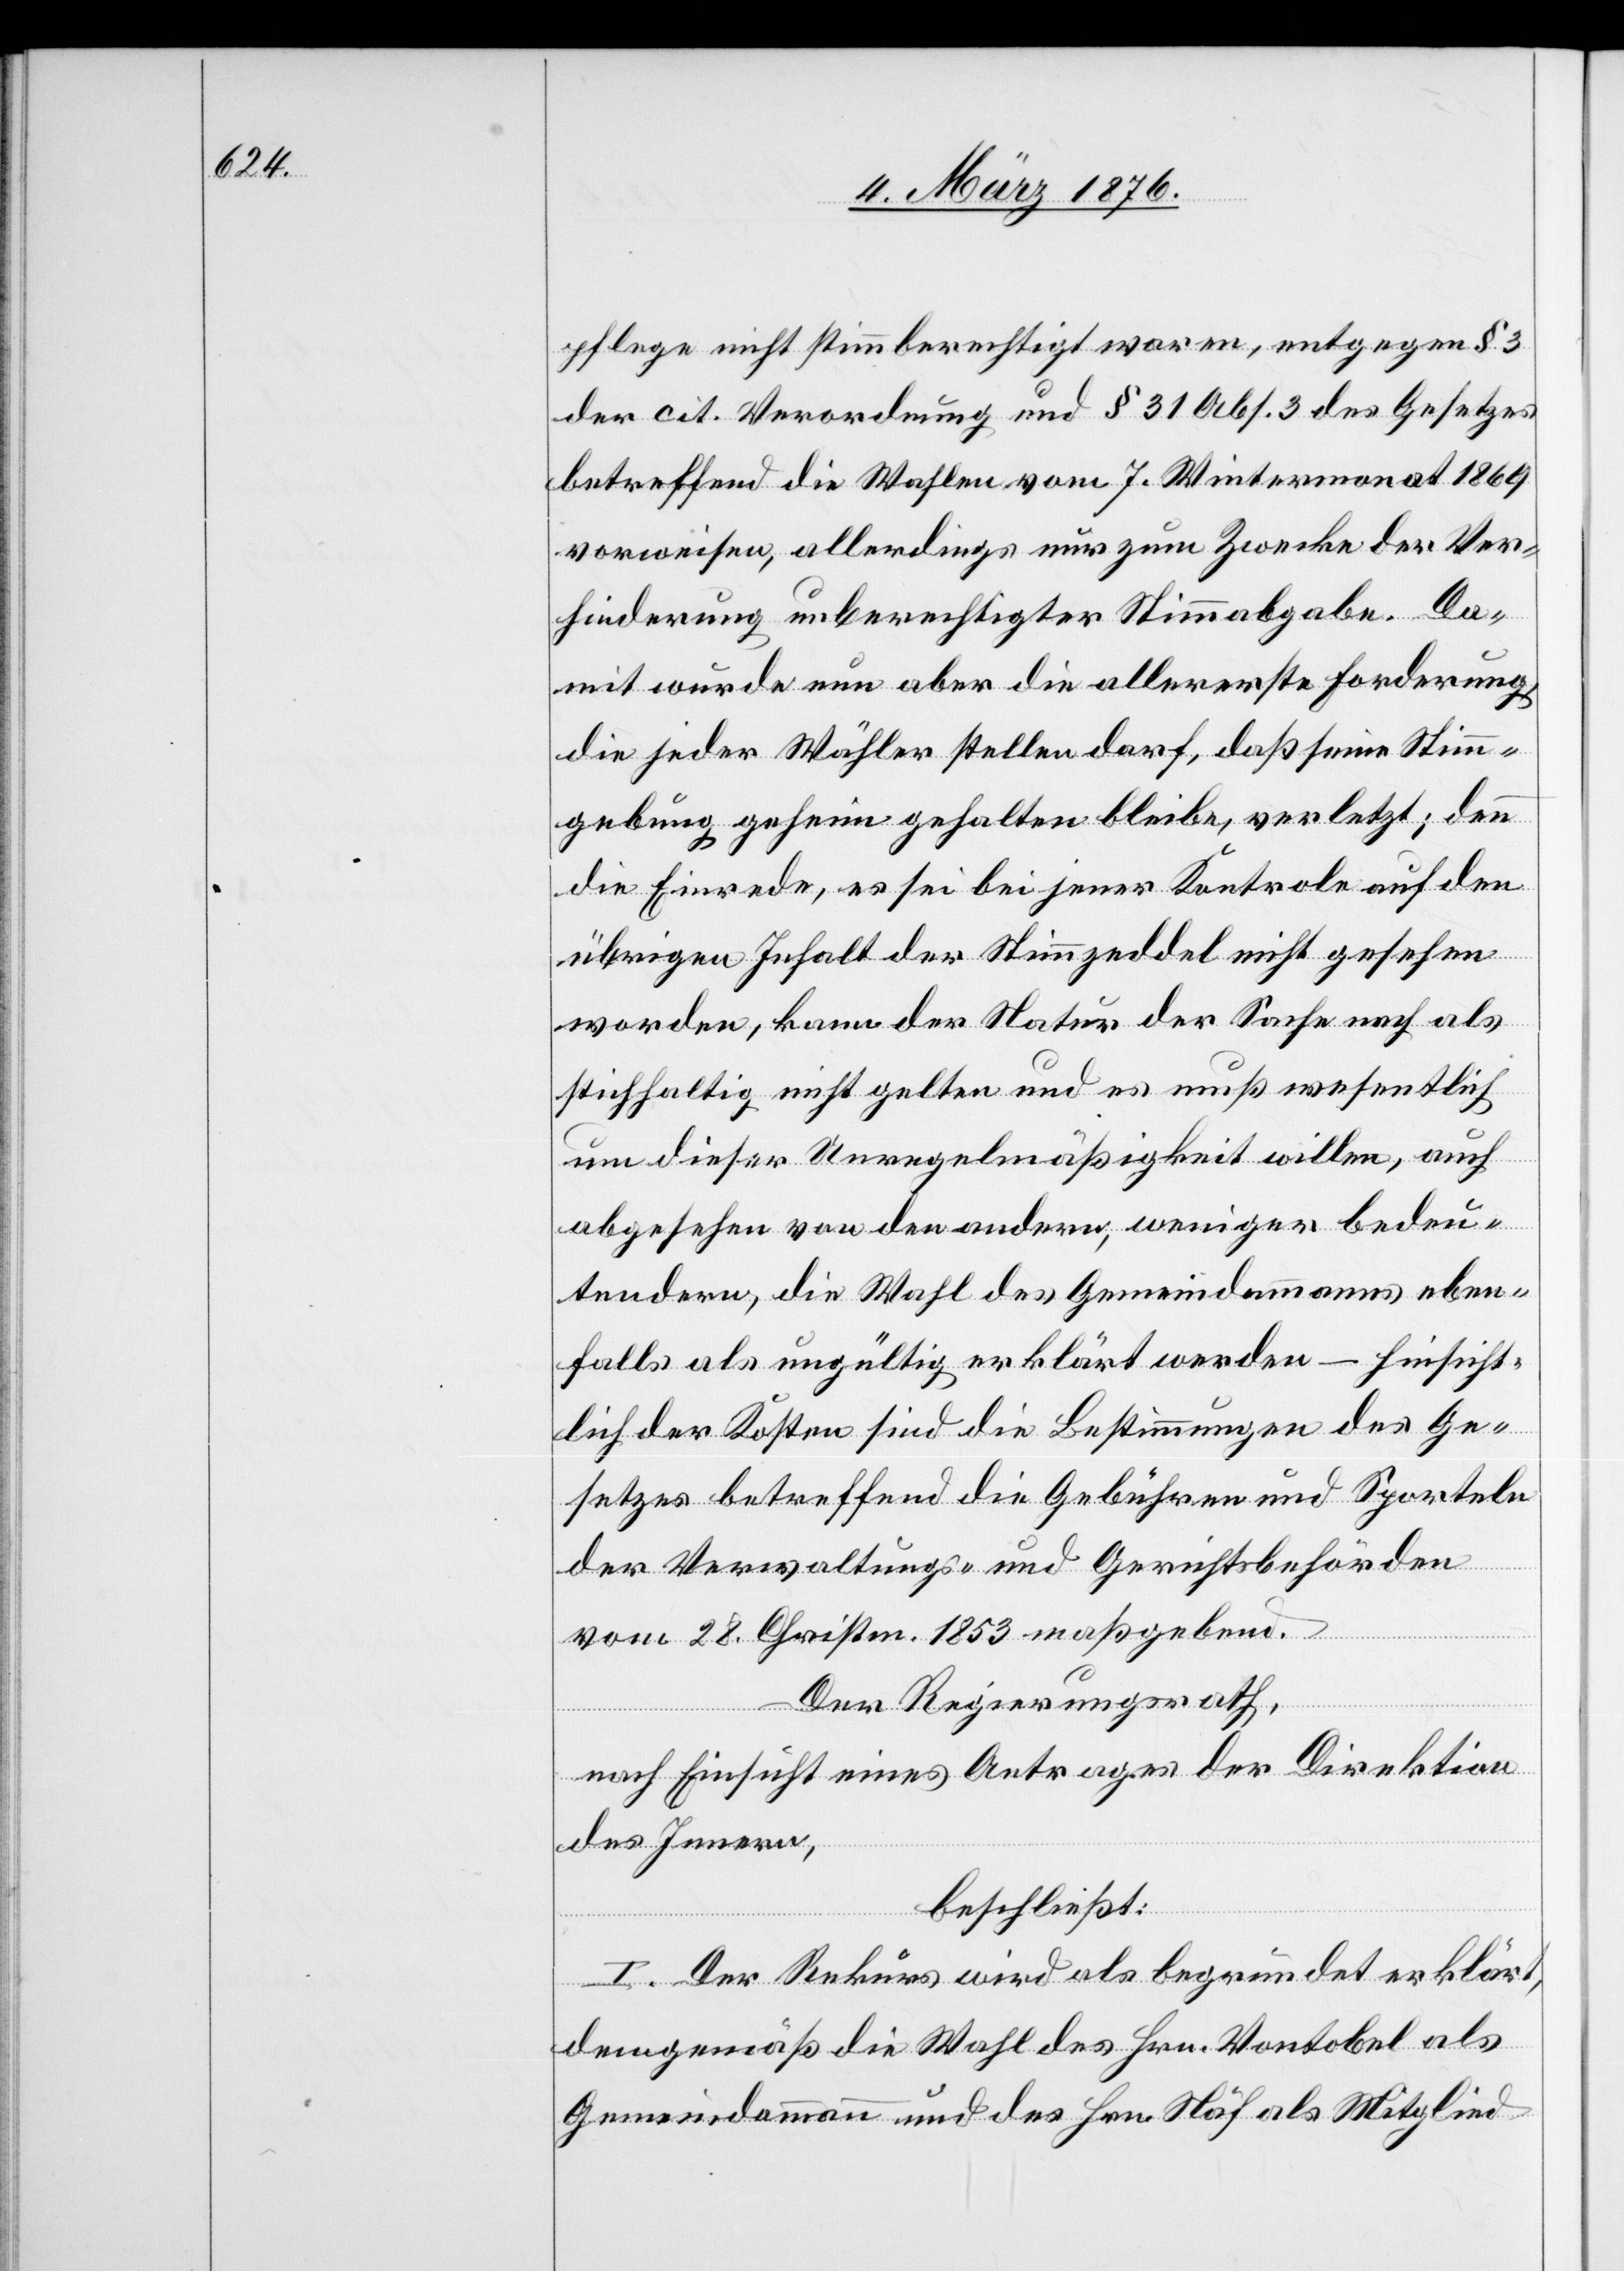
pflege nicht stimmberechtigt waren, entgegen § 3
der cit. Verordnung und § 31 Abs. 3 des Gesetzes
betreffend die Wahlen vom 7. Wintermonat 1869
vorweisen, allerdings nur zum Zwecke der Ver¬
hinderung unberechtigter Stimmabgabe. Da¬
mit würde nun aber die allererste Forderung
die jeder Wähler stellen darf, daß seine Stimm¬
gebung geheim gehalten bleibe, verletzt; denn
die Einrede, es sei bei jener Kontrole [sic!] auf den
übrigen Inhalt der Stimmzeddel nicht gesehen
worden, kann der Natur der Sache nach als
stichhaltig nicht gehalten und es muß wesentlich
um dieser Unregelmäßigkeit willen, auch
abgesehen von den andern, weniger bedeu¬
tendern, die Wahl des Gemeindammanns eben¬
falls als ungültig erklärt werden – hinsicht¬
lich der Kosten sind die Bestimmungen des Ge¬
setzes betreffend die Gebühren und Sporteln
der Verwaltungs- und Gerichtsbehörden
vom 28. Christm. 1853 maßgebend.
Der Regierungsrath,
nach Einsicht eines Antrages der Direktion
des Innern,
beschließt:
I. Der Rekurs wird als begründet erklärt,
demgemäß die Wahl des Hrn. Vontobel als
Gemeindammann und des Hrn. Näf als Mitglied